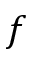
f